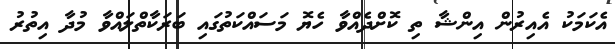
އެކަމަކު އެއިރުން އިންޝާ ތި ކޮށްދެއްވާ ހެޔޮ މަސައްކަތުގައި ބަރަކާތްލައްވާ މުދާ އިތުރު